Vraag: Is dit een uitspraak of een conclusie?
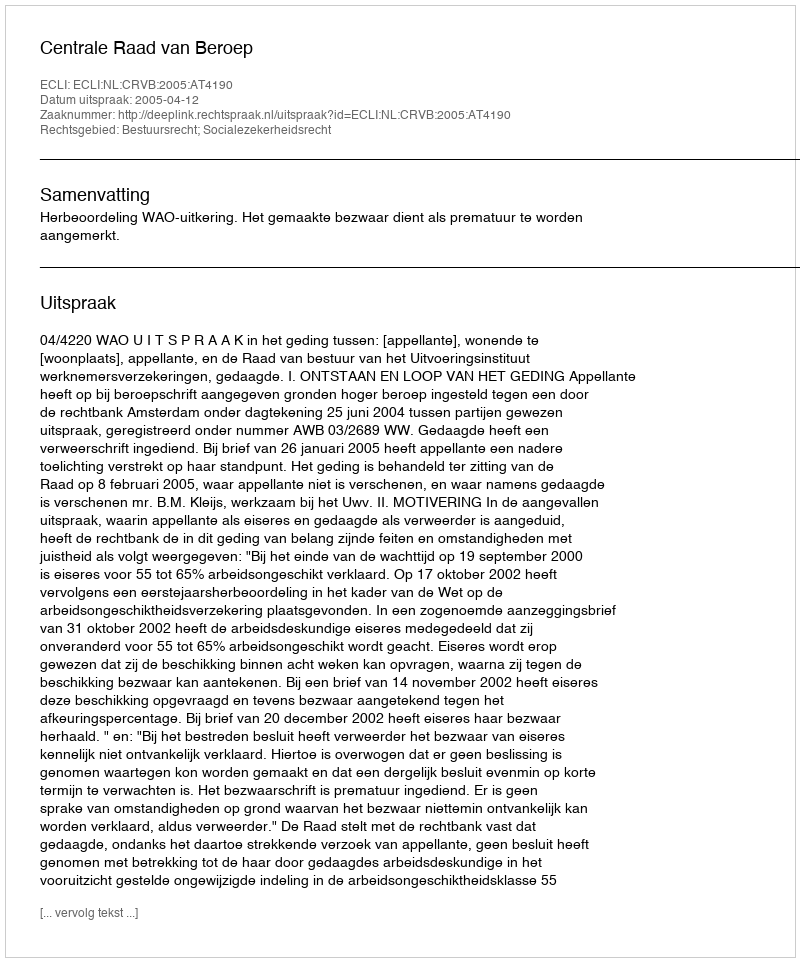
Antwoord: Uitspraak